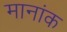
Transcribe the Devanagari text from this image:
मानांक